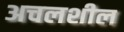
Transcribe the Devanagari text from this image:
अचलशील